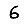
Digit: 6